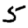
Digit: 5